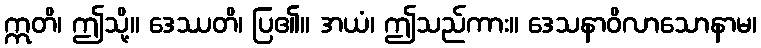
ဣတိ၊ ဤသို့။ ဒေဿတိ၊ ပြ၏။ အယံ၊ ဤသည်ကား။ ဒေသနာဝိလာသောနာမ၊